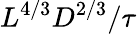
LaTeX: L^{4/3}D^{2/3}/\tau